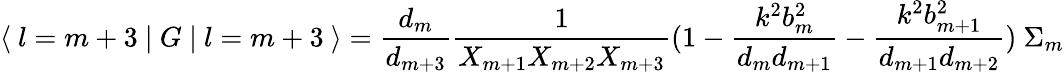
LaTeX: \langle\ l=m+3\ \vert\ G\ \vert\ l=m+3\ \rangle={\frac{d_{m}}{d_{m+3}}}{\frac{1}{X_{m+1}X_{m+2}X_{m+3}}}(1-{\frac{k^{2}b_{m}^{2}}{d_{m}d_{m+1}}}-{\frac{k^{2}b_{m+1}^{2}}{d_{m+1}d_{m+2}}})\ \Sigma_{m}